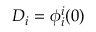
D _ { i } = \phi _ { i } ^ { i } ( 0 )